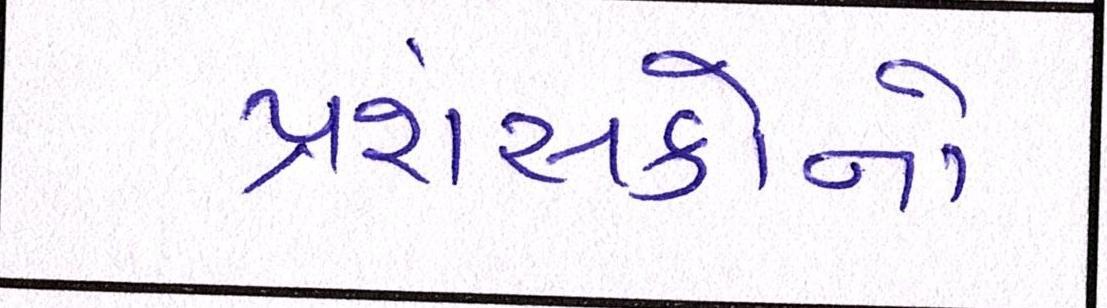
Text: પ્રશંસકોનો